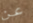
عن